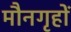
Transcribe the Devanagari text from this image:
मौनगृहों